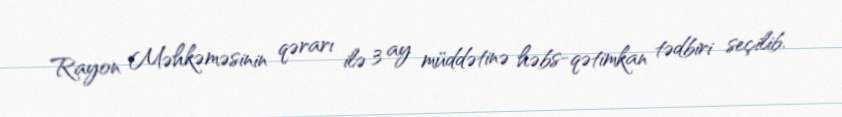
Rayon Məhkəməsinin qərarı ilə 3 ay müddətinə həbs-qətimkan tədbiri seçilib.